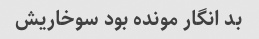
بد انگار مونده بود سوخاریش